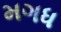
મગધ